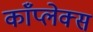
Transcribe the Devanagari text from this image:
काँप्लेक्स